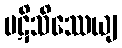
ပဋိသိဿေယျ